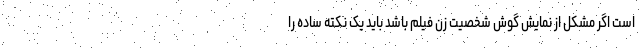
است اگر مشکل از نمایش گوش شخصیت زن فیلم باشد باید یک نکته ساده را